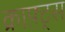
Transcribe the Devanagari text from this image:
क्राफ़्ट्स